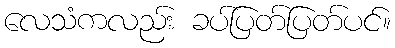
လေသံကလည်း ခပ်ပြတ်ပြတ်ပင်။